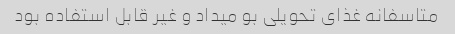
متاسفانه غذای تحویلی بو میداد و غیر قابل استفاده بود